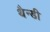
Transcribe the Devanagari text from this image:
थैन्डी